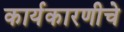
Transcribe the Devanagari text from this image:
कार्यकारणीचे